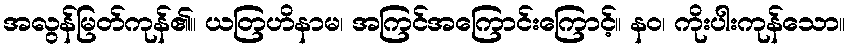
အလွန်မြတ်ကုန်၏။ ယတြဟိနာမ၊ အကြင်အကြောင်းကြောင့်။ နဝ၊ ကိုးပါးကုန်သော။